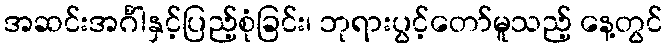
အဆင်းအင်္ဂါနှင့်ပြည့်စုံခြင်း၊ ဘုရားပွင့်တော်မူသည့် နေ့တွင်